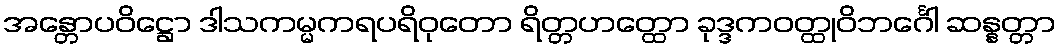
အန္တောပဝိဋ္ဌော ဒါသကမ္မကရပရိဝုတော ရိတ္တဟတ္ထော ခုဒ္ဒကဝတ္ထုဝိဘင်္ဂေါ ဆန္နတ္တာ